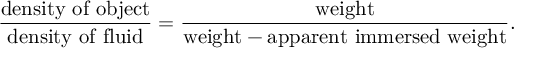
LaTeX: { \frac { \mathrm { d e n s i t y ~ o f ~ o b j e c t } } { \mathrm { d e n s i t y ~ o f ~ f l u i d } } } = { \frac { \mathrm { w e i g h t } } { { \mathrm { w e i g h t } } - { \mathrm { a p p a r e n t ~ i m m e r s e d ~ w e i g h t } } } } .